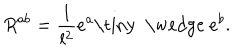
R ^ { a b } = \frac { 1 } { l ^ { 2 } } e ^ { a } { \mathrm { \tiny ~ \wedge ~ } } e ^ { b } .